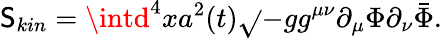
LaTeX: \mathsf{S}_{kin}=\intd^{4}xa^{2}(t)\sqrt{}{{-g}}g^{\mu\nu}\partial_{\mu}\Phi\partial_{\nu}\bar{{\Phi}}.